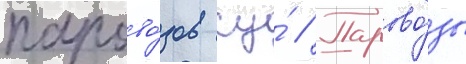
парово́зов су́ // Парово́зы